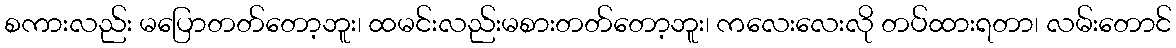
စကားလည်း မပြောတတ်တော့ဘူး၊ ထမင်းလည်းမစားတတ်တော့ဘူး၊ ကလေးလေးလို တပ်ထားရတာ၊ လမ်းတောင်